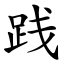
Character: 践